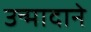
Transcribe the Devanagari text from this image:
उन्मादाने